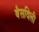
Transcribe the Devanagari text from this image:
बैसविली